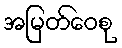
အမြတ်ဝေစု